Madras plague regulations in force outside the Presidency town - Volume 3
Disease focus: Plague
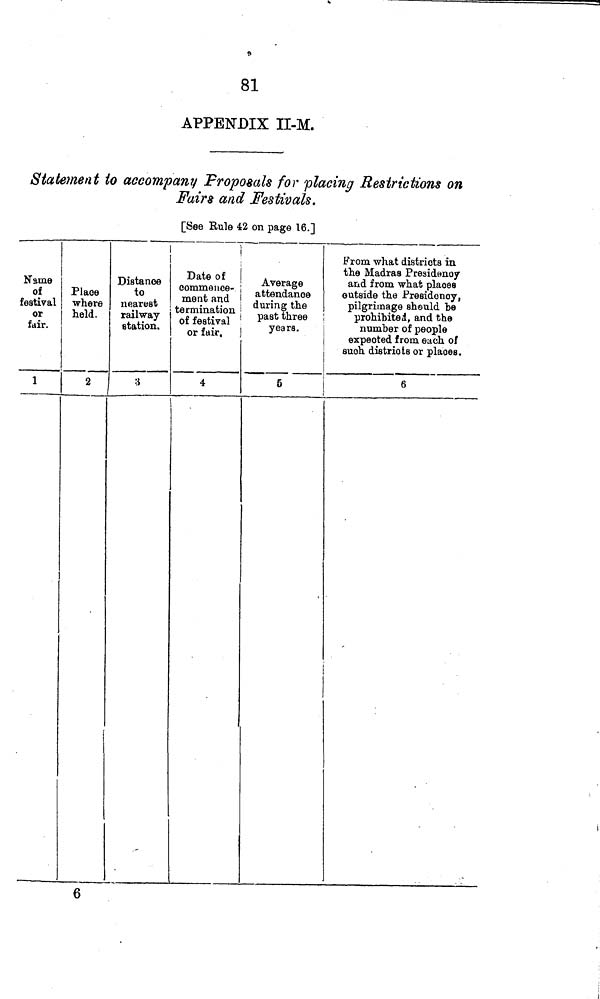
81
APPENDIX II-M.
Statement to accompany Proposals for placing Restrictions on
Fairs and Festivals.
[See Bule 42 on page 16.]
Name
of
festival
«
fair.
1
Place
where
held.
2
!
,
eommeuce-
, 0 Mot
ment and
SKS AT
.tation.
rf^i™ 1
:i
4
Average
attendance
during the
past three
years.
5
From what districts in
the Madras Presidenoy
and from what places
outside the Presidency,
pilgrimage shsuld be
prohibited, and the
number of people
expected from each of
such districts or places.
6
6